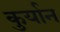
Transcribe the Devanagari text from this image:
कुर्यान